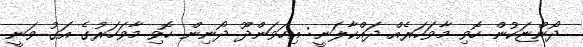
ދޯންޏަކުން ހޮވި މާވަހަރެއް ދައްކާލަނީ: އިހަވަންދޫ ދޯނިން ހޮވި މާވަހަރުގެ އަގު ވަނީ